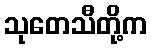
သုတေသီတို့က